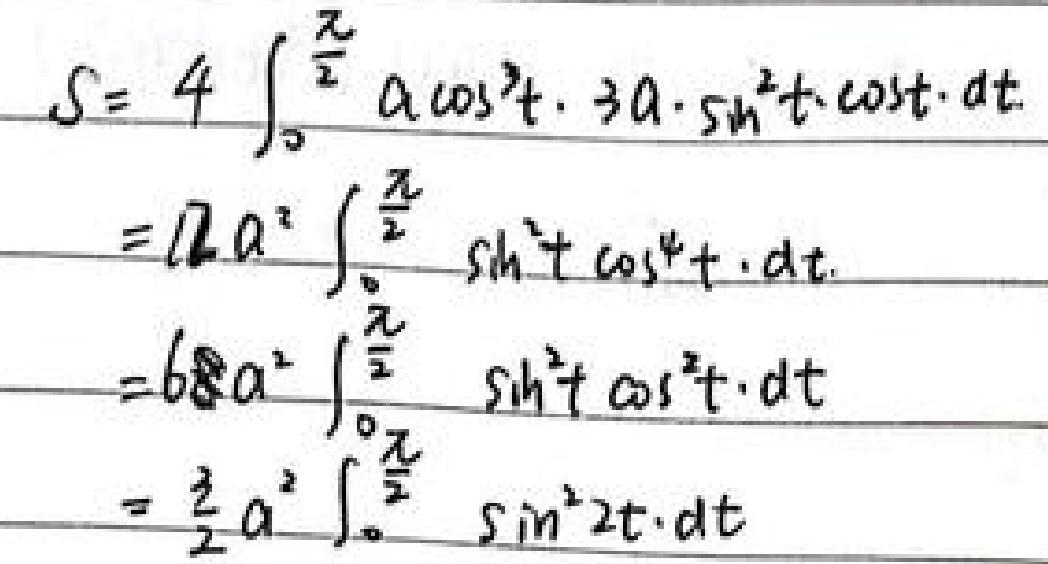
\[
\begin{align*}
S&=4\int_{0}^{\frac{\pi}{2}}a\cos^{3}t\cdot3a\cdot\sin^{2}t\cos tdt\\
&=12a^{2}\int_{0}^{\frac{\pi}{2}}\sin^{2}t\cos^{4}tdt\\
& = 6a^{2}\int_{0}^{\frac{\pi}{2}}\sin^{2}t\cos^{2}tdt\\
&=\frac{3}{2}a^{2}\int_{0}^{\frac{\pi}{2}}\sin^{2}2tdt
\end{align*}
\]